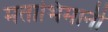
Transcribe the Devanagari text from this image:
मताभिमानी